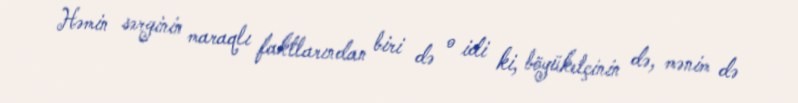
Həmin sərginin maraqlı faktlarından biri də o idi ki, böyükelçinin də, mənim də